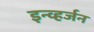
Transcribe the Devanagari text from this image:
इन्व्हर्जन